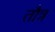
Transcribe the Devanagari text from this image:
तौत्र